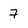
Character: 7